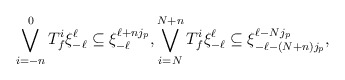
\begin{align*}\bigvee_{i=-n}^0 T_f^i \xi_{-\ell}^{\ell} \subseteq \xi_{-\ell}^{\ell + n j_p}, \bigvee_{i=N}^{N+n} T_f^i \xi_{-\ell}^{\ell} \subseteq \xi_{-\ell - (N + n) j_p}^{\ell - N j_p},\end{align*}